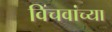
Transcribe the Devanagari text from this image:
विंचवांच्या